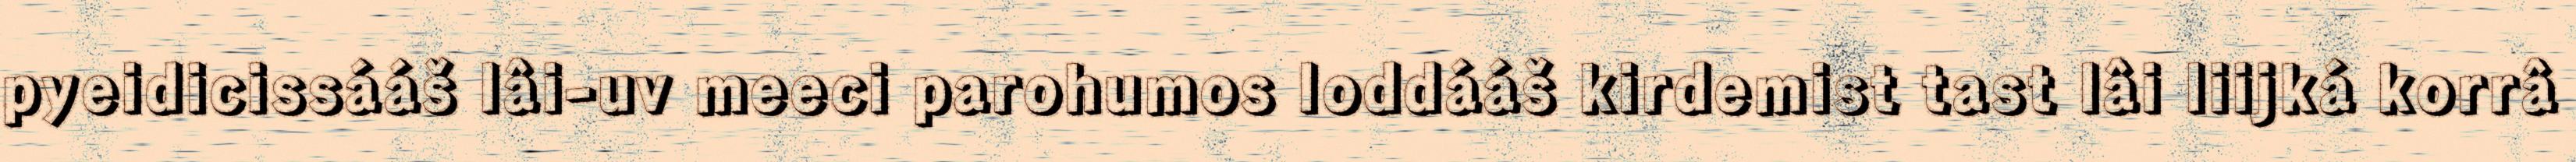
pyeidicissááš lâi-uv meeci parohumos loddááš kirdemist tast lâi liijká korrâ